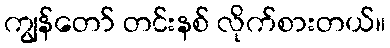
ကျွန်တော် တင်းနစ် လိုက်စားတယ်။